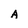
Character: A